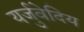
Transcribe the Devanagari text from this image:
यर्जुवेदिय